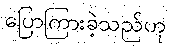
ပြောကြားခဲ့သည်ဟု